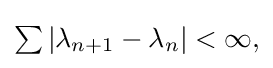
{\textstyle \sum \left|\lambda _{n+1}-\lambda _{n}\right|<\infty ,}